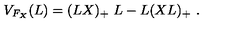
V _ { F _ { X } } ( L ) = ( L X ) _ { + } \ L - L ( X L ) _ { + } \ .